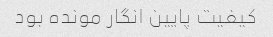
کیفیت پایین انگار مونده بود